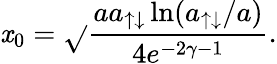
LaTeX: \mathit{x}_{0}=\sqrt{}{{\frac{{aa_{\uparrow\downarrow}\ln(a_{\uparrow\downarrow}/a)}}{{4e^{-2\gamma-1}}}}}.